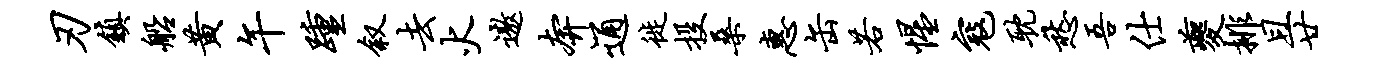
刃镇船黄午踵叙去火遨奔通徙投桑惠缶若惺寇耽愁吾仕夔排且廿